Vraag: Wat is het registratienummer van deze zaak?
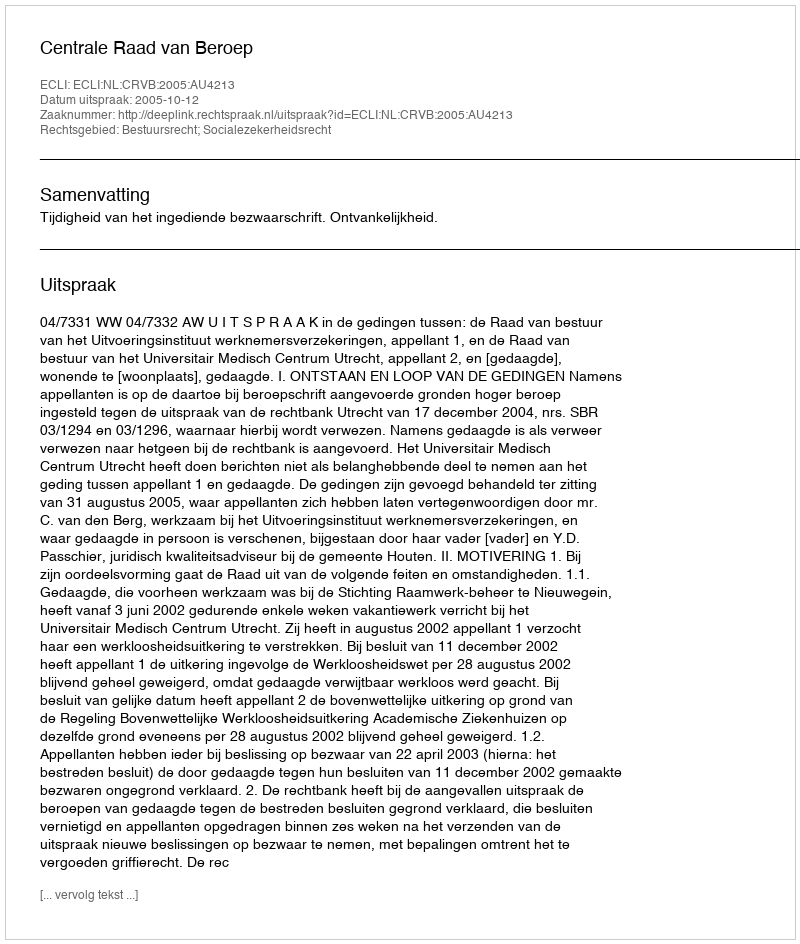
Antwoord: http://deeplink.rechtspraak.nl/uitspraak?id=ECLI:NL:CRVB:2005:AU4213